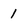
Character: 1